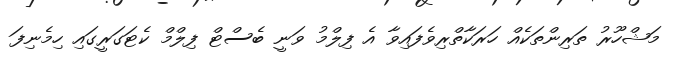
މަޝްހޫރު ތަރިންތަކެއް ހަރަކާތްރިވެފައިވާ އެ ފިލްމު ވަނީ ބެސްޓް ފިލްމް ކެޓަގަރީގައި ހިމެނިފަ